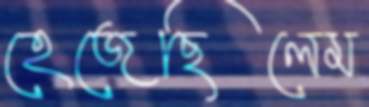
হেজেছিলেম